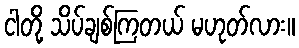
ငါတို့ သိပ်ချစ်ကြတယ် မဟုတ်လား။